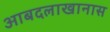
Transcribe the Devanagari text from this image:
आबदलाखानास